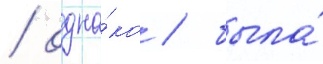
/ одна́ко / была́